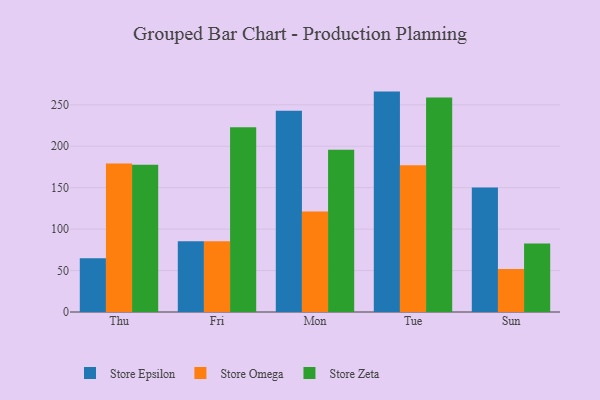
{"axis": {"x": "Day", "y": "Satisfaction Score"}, "legend": ["Store Epsilon", "Store Omega", "Store Zeta"], "data": [{"x": "Thu", "y": 64.8, "type": "Store Epsilon"}, {"x": "Thu", "y": 179.2, "type": "Store Omega"}, {"x": "Thu", "y": 177.6, "type": "Store Zeta"}, {"x": "Fri", "y": 85.5, "type": "Store Epsilon"}, {"x": "Fri", "y": 85.4, "type": "Store Omega"}, {"x": "Fri", "y": 223.1, "type": "Store Zeta"}, {"x": "Mon", "y": 242.8, "type": "Store Epsilon"}, {"x": "Mon", "y": 121.4, "type": "Store Omega"}, {"x": "Mon", "y": 195.9, "type": "Store Zeta"}, {"x": "Tue", "y": 266.0, "type": "Store Epsilon"}, {"x": "Tue", "y": 177.2, "type": "Store Omega"}, {"x": "Tue", "y": 259.0, "type": "Store Zeta"}, {"x": "Sun", "y": 150.4, "type": "Store Epsilon"}, {"x": "Sun", "y": 51.8, "type": "Store Omega"}, {"x": "Sun", "y": 82.6, "type": "Store Zeta"}]}